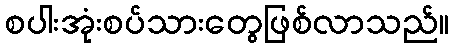
စပါးအုံးစပ်သားတွေဖြစ်လာသည်။